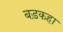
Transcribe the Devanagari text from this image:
बड़कहा